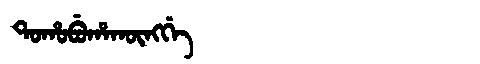
Manchu: ᡨᠣᡥᠣᠪᡠᡥᠠᡴᡡᠩᡤᡝ
Romanization: TOHOBUHAKŪNGGE